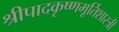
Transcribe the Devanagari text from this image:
श्रीपादकृष्णमूर्तिशास्त्री